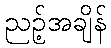
ညဉ့်အချိန်